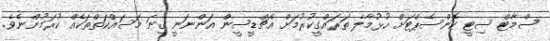
ސްމާޓް ސިޓީ ކޮންސެޕްޓަށް ހުޅުމާލެ ތަރައްގީކުރުމަށް އެޗްޑީސީން އަންނަނީ ގިނަ މަސައްކަތްތަކެއް ކުރަމުންނެވެ.